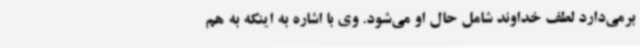
برمی‌دارد لطف خداوند شامل حال او می‌شود. وی با اشاره به اینکه به هم